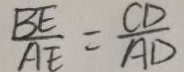
\frac { B E } { A E } = \frac { C D } { A D }